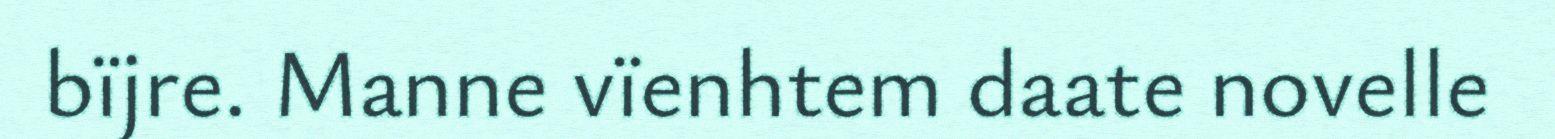
bïjre. Manne vïenhtem daate novelle